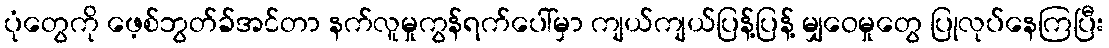
ပုံတွေကို ဖေ့စ်ဘွတ်ခ်အင်တာ နက်လူမှုကွန်ရက်ပေါ်မှာ ကျယ်ကျယ်ပြန့်ပြန့် မျှဝေမှုတွေ ပြုလုပ်နေကြပြီး